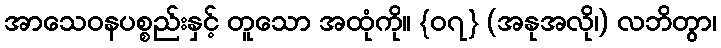
အာသေဝနပစ္စည်းနှင့် တူသော အထုံကို။ {၀၇} (အနုအလို၊) လဘိတွာ၊